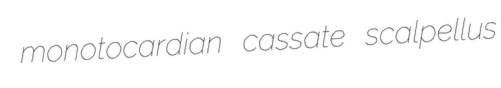
monotocardian cassate scalpellus